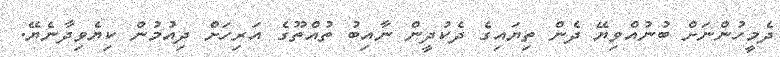
ދެމީހުންނަށް ބުނުއްވިޔޭ ދެން ތިޔައިގެ ދެކުދީން ނާއިބު ތުއްތޫގެ އަރިހަށް ދިއުމުން ކިޔެވިދާނެޔޭ.